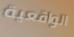
الواقعية